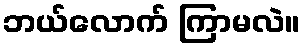
ဘယ်လောက် ကြာမလဲ။